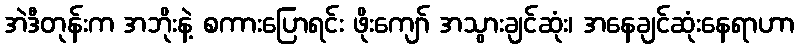
အဲဒီတုန်းက အဘိုးနဲ့ စကားပြောရင်း ဖိုးကျော် အသွားချင်ဆုံး၊ အနေချင်ဆုံးနေရာဟာ